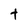
Character: t